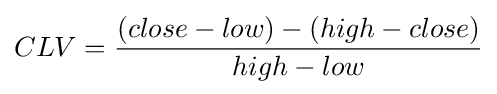
CLV={(close-low)-(high-close) \over high-low}